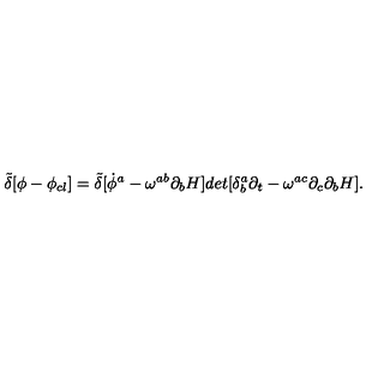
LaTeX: { \tilde { \delta } } [ \phi - \phi _ { c l } ] = { \tilde { \delta } } [ { \dot { \phi } ^ { a } - \omega ^ { a b } \partial _ { b } H ] d e t [ \delta _ { b } ^ { a } \partial _ { t } - \omega ^ { a c } \partial _ { c } \partial _ { b } H } ] .